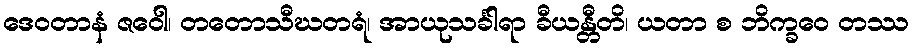
ဒေဝတာနံ ဇဝေါ၊ တတောသီဃတရံ၊ အာယုသင်္ခါရာ ခီယန္တီတိ၊ ယတာ စ ဘိက္ခဝေ တဿ